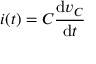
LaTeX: i ( t ) = C { \frac { \mathrm { d } v _ { C } } { \mathrm { d } t } }